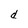
Character: d